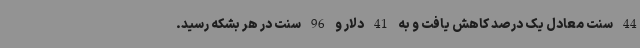
44 سنت معادل یک درصد کاهش یافت و به 41 دلار و 96 سنت در هر بشکه رسید.